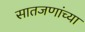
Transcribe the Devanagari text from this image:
सातजणांच्या